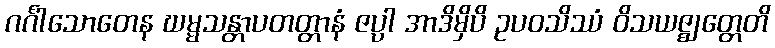
ဂင်္ဂါသောတေန ဃမ္မသန္တာပတတ္တာနံ ဇပ္ပါ အာဒိမှိပိ ဥပဝသိဿံ ဝိသယဇ္ဈတ္တေတိ